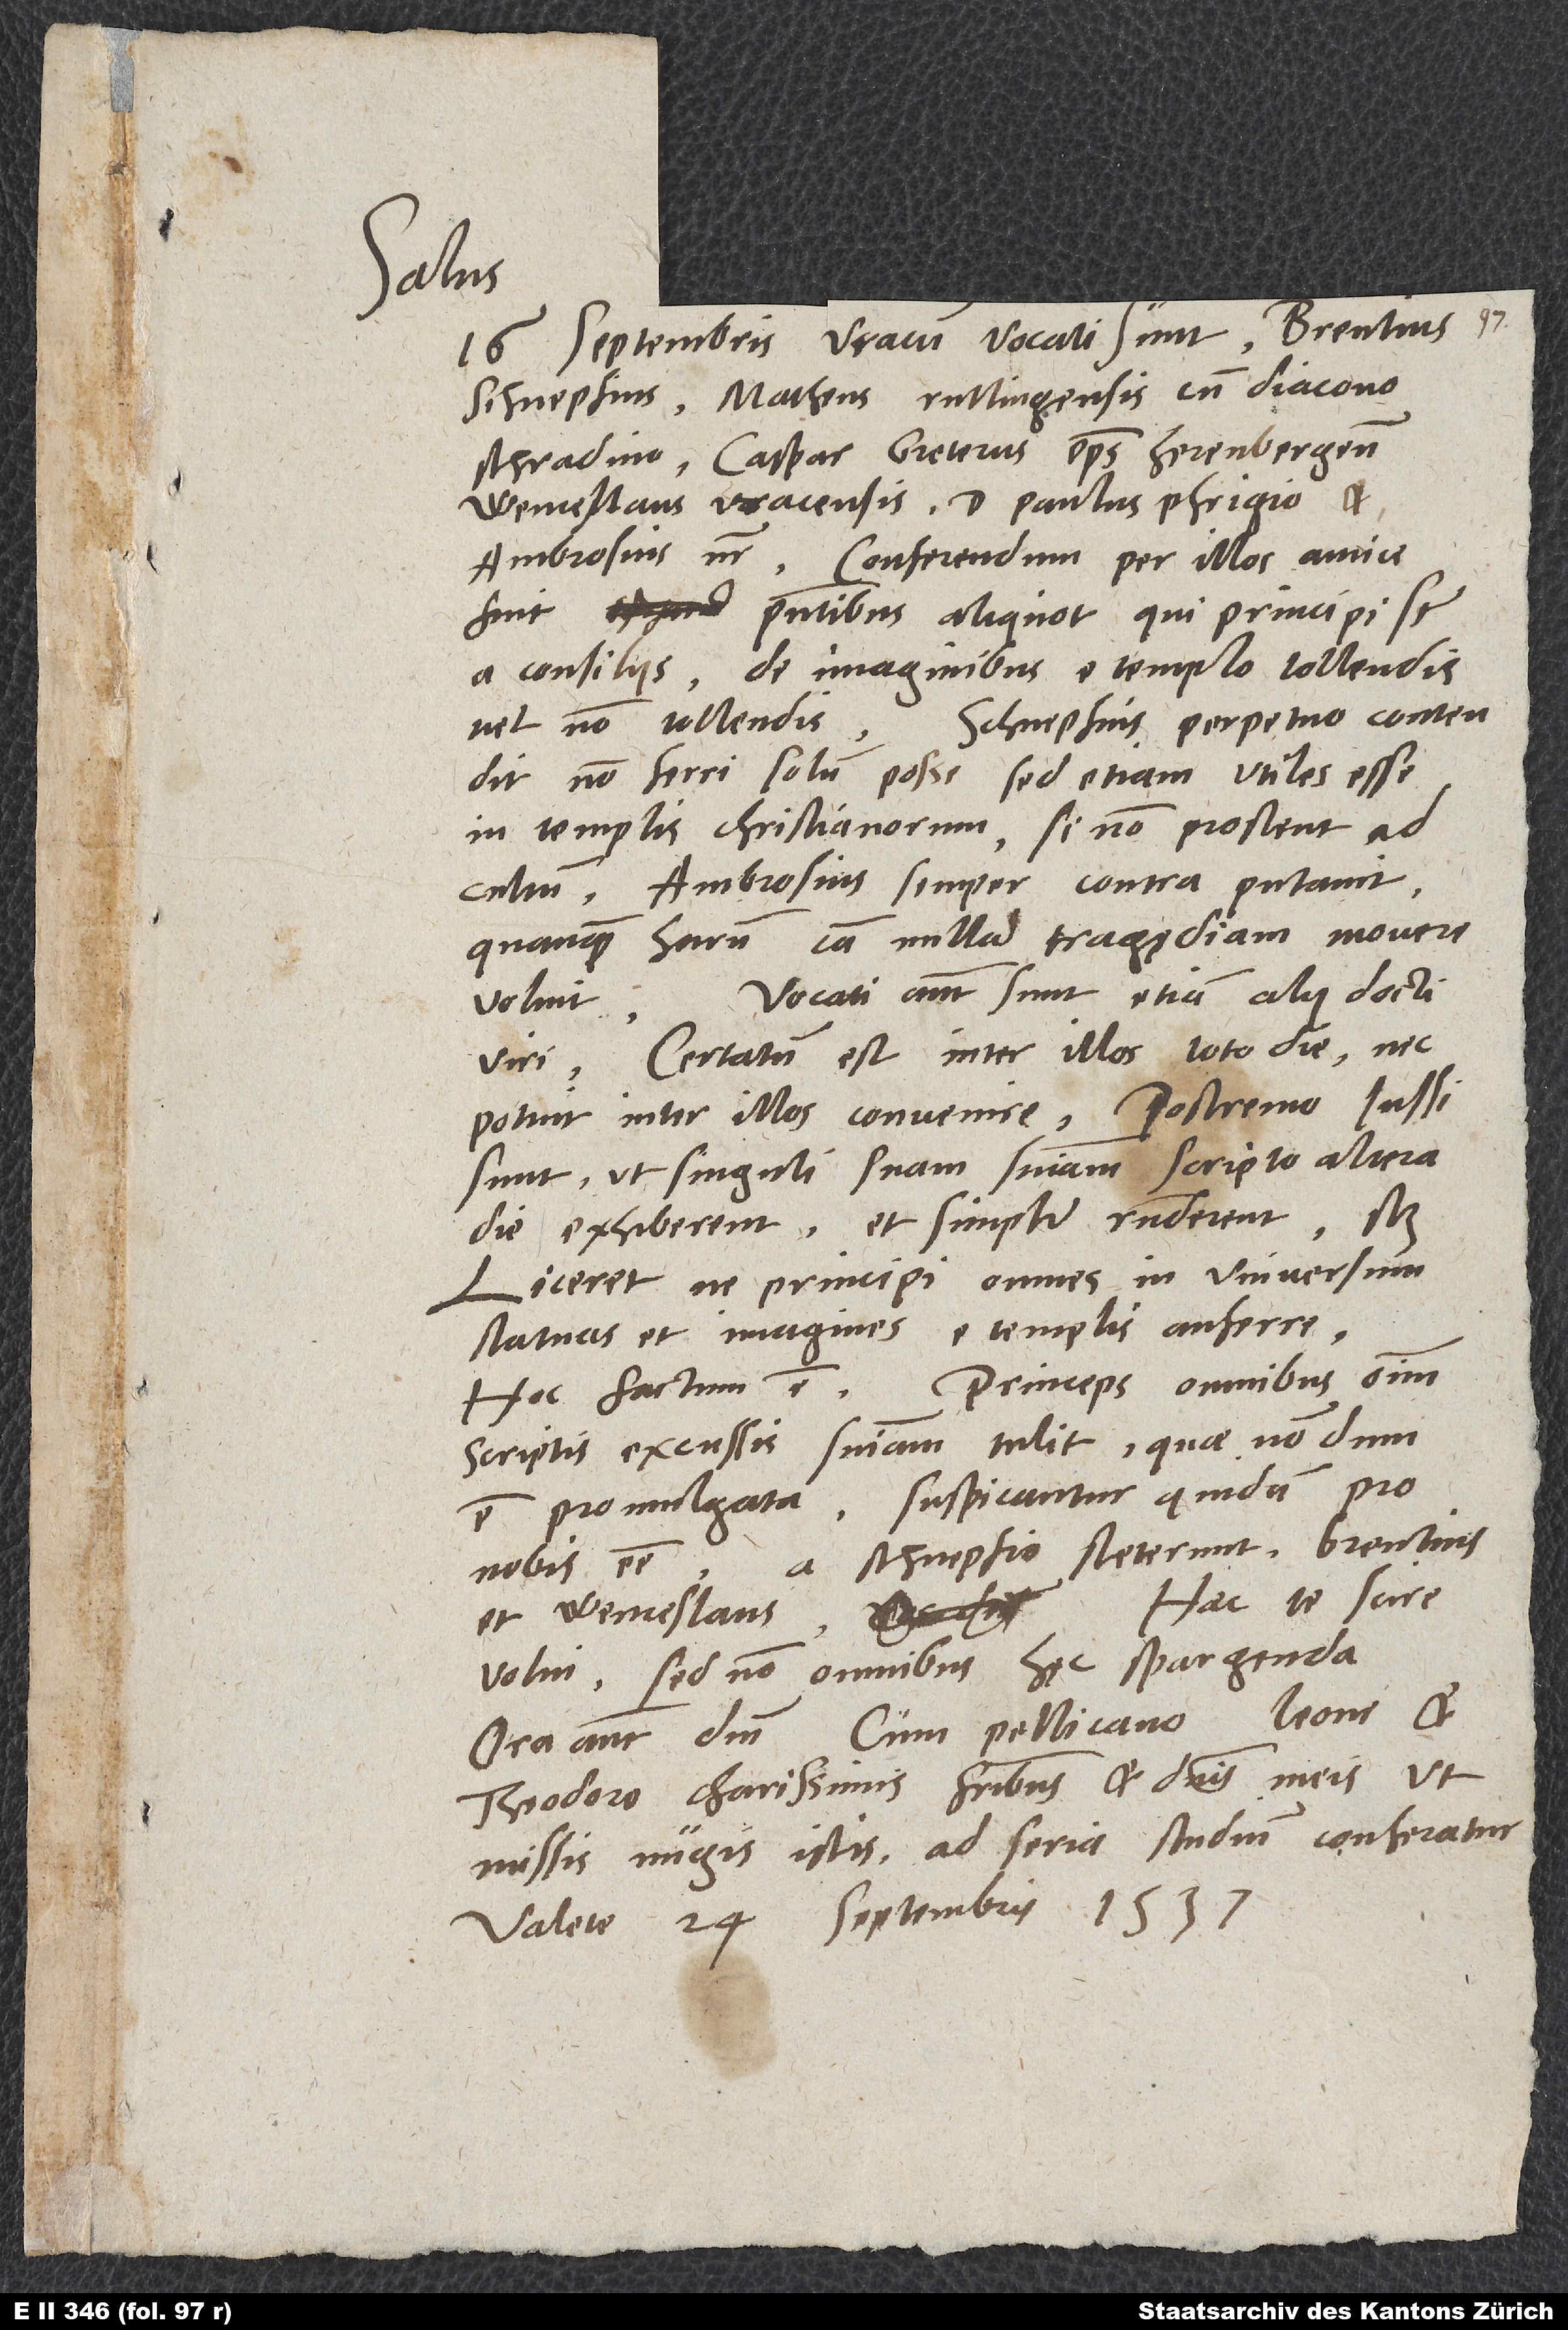
Salus.
16. septembris Uracum vocati sunt Brentius,
Schnepfius, Matheus Rutlingensis cum diacono
Schradino, Caspar Greterus episcopus Herenbergensis,
Wenceslaus Uracensis, doctor Paulus Phrigio et
Ambrosius noster. Conferendum per illos amice
fuit praesentibus aliquot, qui principi sunt
a consiliis, de imaginibus e templo tollendis
vel non tollendis. Schnepfius perpetuo contendit
non ferri solum posse, sed etiam utiles esse
in templis christianorum, si non prostent ad
cultum. Ambrosius semper contra putavit,
quanquam harum causa nullam tragędiam movere
Vocati autem sunt etiam aliqui docti
voluit.
viri. Certatum est inter illos toto die, nec
potuit inter illos convenire. Postremo iussi
sunt, ut singuli suam sententiam scripto altera
die exhiberent et simpliciter responderent, scilicet
liceretne principi omnes in universum
statuas et imagines e templis auferre.
Hoc factum est. Princeps omnibus omnium
scriptis excussis sententiam tulit, quae nondum
est promulgata. Suspicantur quidam pro
A Schnepfio steterunt Brentius
nobis esse.
volui; sed non omnibus hęc spargenda.
Ora autem dominum cum Pellicano, Leone et
Theodoro, charissimis fratribus et dominis meis, ut
missis nugis istis ad seria studium conferatur.